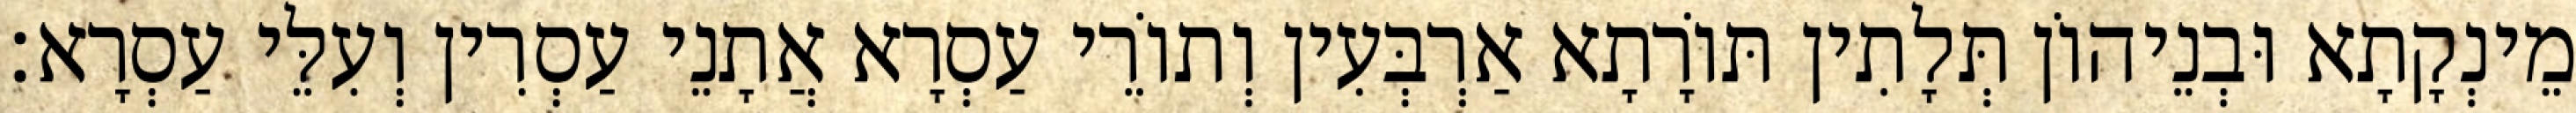
מֵינְקָתָא וּבְנֵיהוֹן תְּלָתִין תּוֹרָתָא אַרְבְּעִין וְתוֹרֵי עַסְרָא אֲתָנֵי עַסְרִין וְעִלֵּי עַסְרָא׃